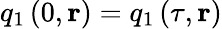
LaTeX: q_{1}\left(0,\mathbf{r}\right)=q_{1}\left(\tau,\mathbf{r}\right)